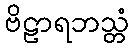
ဗိဠာရဘသ္တံ